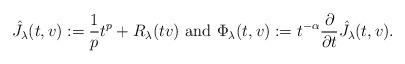
LaTeX: \begin{align*} \hat J_\lambda(t,v) := \frac 1p t^p + R_\lambda(tv) \mbox{ and } \Phi_\lambda(t,v) := t^{-\alpha} \frac \partial{\partial t} \hat J_\lambda(t,v).\end{align*}